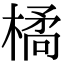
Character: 𭫜